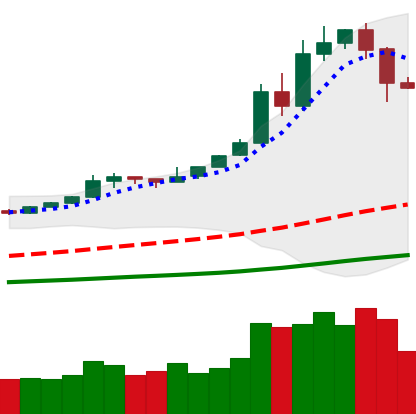
Ticker: BTC-USD
Chart end date: 2019-05-18
Forward return: 8.398%
Label: up_7plus